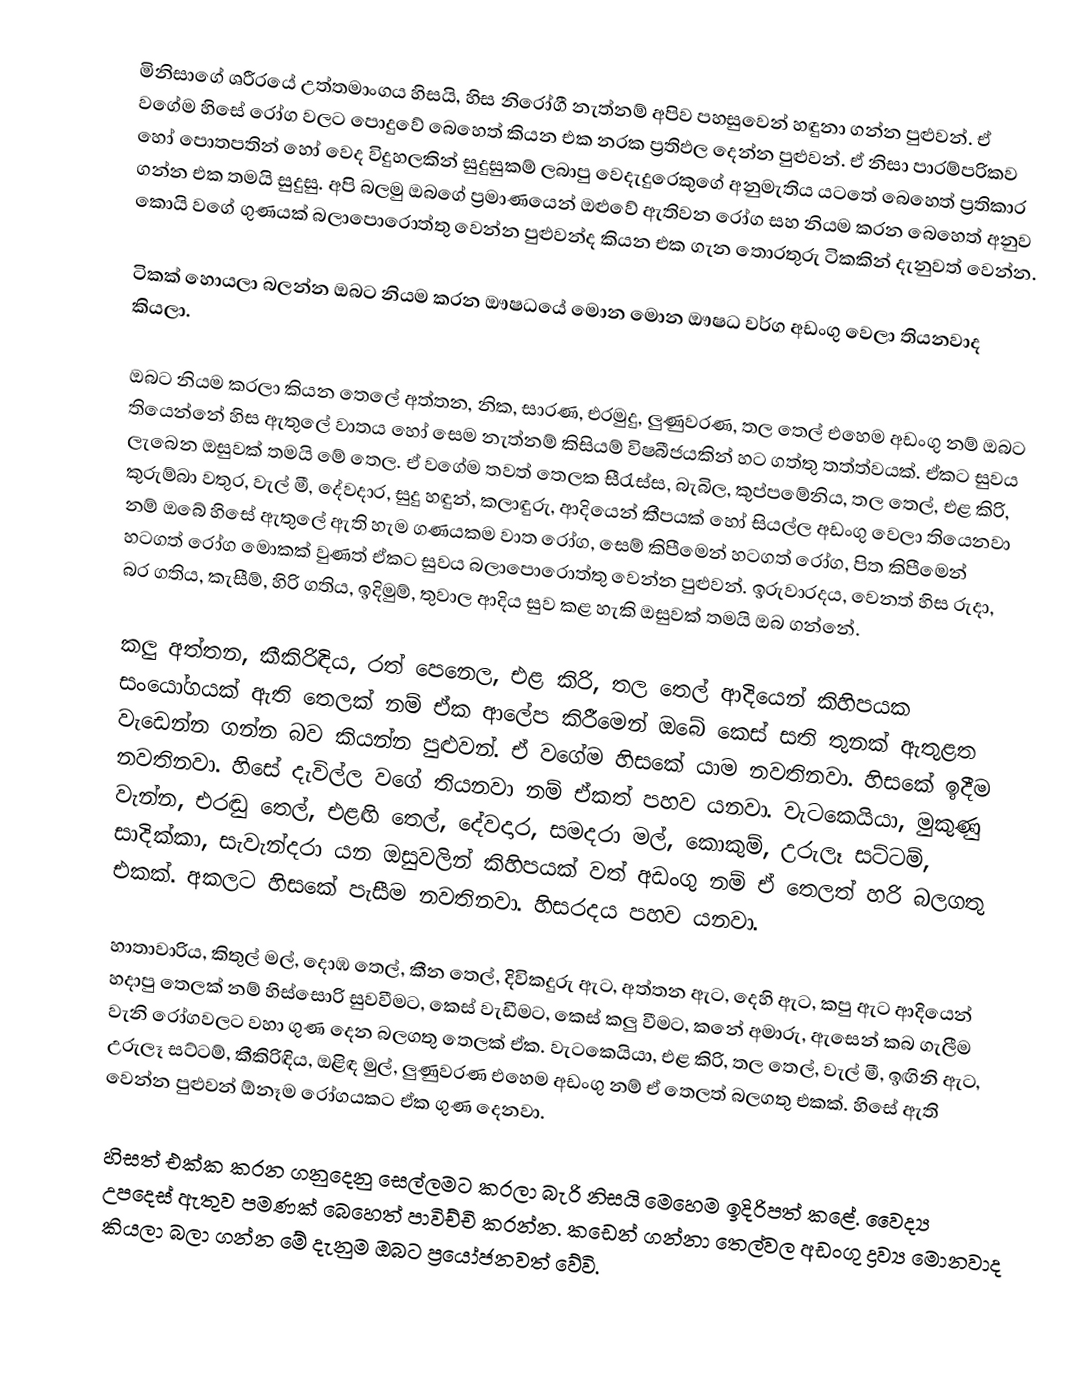
මිනිසාගේ ශරීරයේ උත්තමාංගය හිසයි, හිස නිරෝගී නැත්නම් අපිව පහසුවෙන් හඳුනා ගන්න පුළුවන්. ඒ වගේම හිසේ රෝග වලට පොදුවේ බෙහෙත් කියන එක නරක ප්‍රතිඵල දෙන්න පුළුවන්. ඒ නිසා පාරම්පරිකව හෝ පොතපතින් හෝ වෙද විදුහලකින් සුදුසුකම් ලබාපු වෙදැදුරෙකුගේ අනුමැතිය යටතේ බෙහෙත් ප්‍රතිකාර ගන්න එක තමයි සුදුසු. අපි බලමු ඔබගේ ප්‍රමාණයෙන් ඔළුවේ ඇතිවන රෝග සහ නියම කරන බෙහෙත් අනුව කොයි වගේ ගුණයක් බලාපොරොත්තු වෙන්න පුළුවන්ද කියන එක ගැන තොරතුරු ටිකකින් දැනුවත් වෙන්න.

ටිකක් හොයලා බලන්න ඔබට නියම කරන ඖෂධයේ මොන මොන ඖෂධ වර්ග අඩංගු වෙලා තියනවාද කියලා.

ඔබට නියම කරලා කියන තෙලේ අත්තන, නික, සාරණ, එරමුදු, ලුණුවරණ, තල තෙල් එහෙම අඩංගු නම් ඔබට තියෙන්නේ හිස ඇතුලේ වාතය හෝ සෙම නැත්නම් කිසියම් විෂබීජයකින් හට ගත්තු තත්ත්වයක්. ඒකට සුවය ලැබෙන ඔසුවක් තමයි මේ තෙල. ඒ වගේම තවත් තෙලක සීරැස්ස, බැබිල, කුප්පමේනිය, තල තෙල්, එළ කිරි, කුරුම්බා වතුර, වැල් මී, දේවදාර, සුදු හඳුන්, කලාඳුරු, ආදියෙන් කීපයක් හෝ සියල්ල අඩංගු වෙලා තියෙනවා නම් ඔබේ හිසේ ඇතුලේ ඇති හැම ගණයකම වාත රෝග, සෙම් කිපීමෙන් හටගත් රෝග, පිත කිපීමෙන් හටගත් රෝග මොකක් වුණත් ඒකට සුවය බලාපොරොත්තු වෙන්න පුළුවන්. ඉරුවාරදය, වෙනත් හිස රුදා, බර ගතිය, කැසීම්, හිරි ගතිය, ඉදිමුම්, තුවාල ආදිය සුව කළ හැකි ඔසුවක් තමයි ඔබ ගන්නේ.

කලු අත්තන, කීකිරිඳිය, රත් පෙනෙල, එළ කිරි, තල තෙල් ආදියෙන් කිහිපයක සංයෝගයක් ඇති තෙලක් නම් ඒක ආලේප කිරීමෙන් ඔබේ කෙස් සති තුනක් ඇතුළත වැඩෙන්න ගන්න බව කියන්න පුළුවන්. ඒ වගේම හිසකේ යාම නවතිනවා. හිසකේ ඉදීම නවතිනවා. හිසේ දැවිල්ල වගේ තියනවා නම් ඒකත් පහව යනවා. වැටකෙයියා, මුකුණු වැන්න, එරඬු තෙල්, එළඟි තෙල්, දේවදාර, සමදරා මල්, කොකුම්, උරුලෑ සට්ටම්, සාදික්කා, සැවැන්දරා යන ඔසුවලින් කිහිපයක් වත් අඩංගු නම් ඒ තෙලත් හරි බලගතු එකක්. අකලට හිසකේ පැසීම නවතිනවා. හිසරදය පහව යනවා.

හාතාවාරිය, කිතුල් මල්, දොඹ තෙල්, කීන තෙල්, දිවිකදුරු ඇට, අත්තන ඇට, දෙහි ඇට, කපු ඇට ආදියෙන් හදාපු තෙලක් නම් හිස්සොරි සුවවීමට, කෙස් වැඩීමට, කෙස් කලු වීමට, කනේ අමාරු, ඇසෙන් කබ ගැලීම වැනි රෝගවලට වහා ගුණ දෙන බලගතු තෙලක් ඒක. වැටකෙයියා, එළ කිරි, තල තෙල්, වැල් මී, ඉඟිනි ඇට, උරුලෑ සට්ටම්, කීකිරිඳිය, ඔළිඳ මුල්, ලුණුවරණ එහෙම අඩංගු නම් ඒ තෙලත් බලගතු එකක්. හිසේ ඇති වෙන්න පුළුවන් ඕනෑම රෝගයකට ඒක ගුණ දෙනවා.

හිසත් එක්ක කරන ගනුදෙනු සෙල්ලමට කරලා බැරි නිසයි මෙහෙම ඉදිරිපත් කළේ. වෛද්‍ය උපදෙස් ඇතුව පමණක් බෙහෙත් පාවිච්චි කරන්න. කඩෙන් ගන්නා තෙල්වල අඩංගු ද්‍රව්‍ය මොනවාද කියලා බලා ගන්න මේ දැනුම ඔබට ප්‍රයෝජනවත් වේවි.